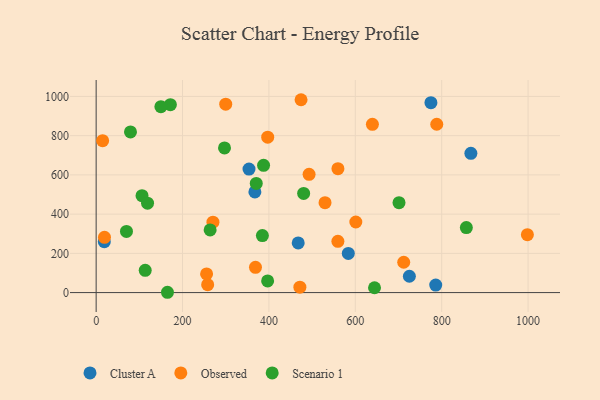
{"axis": {"x": "Ad Spend", "y": "Profit"}, "legend": ["Cluster A", "Observed", "Scenario 1"], "data": [{"x": "786.2", "y": 38.4, "type": "Cluster A"}, {"x": "353.9", "y": 629.9, "type": "Cluster A"}, {"x": "867.6", "y": 709.8, "type": "Cluster A"}, {"x": "583.8", "y": 199.7, "type": "Cluster A"}, {"x": "725.2", "y": 83.4, "type": "Cluster A"}, {"x": "467.8", "y": 253.0, "type": "Cluster A"}, {"x": "775.1", "y": 968.1, "type": "Cluster A"}, {"x": "18.9", "y": 259.3, "type": "Cluster A"}, {"x": "367.5", "y": 513.0, "type": "Cluster A"}, {"x": "258.2", "y": 40.3, "type": "Observed"}, {"x": "639.6", "y": 857.9, "type": "Observed"}, {"x": "712.1", "y": 154.7, "type": "Observed"}, {"x": "255.7", "y": 95.2, "type": "Observed"}, {"x": "559.8", "y": 631.6, "type": "Observed"}, {"x": "998.4", "y": 295.3, "type": "Observed"}, {"x": "19.3", "y": 281.9, "type": "Observed"}, {"x": "493.0", "y": 602.7, "type": "Observed"}, {"x": "474.4", "y": 983.2, "type": "Observed"}, {"x": "300.0", "y": 960.5, "type": "Observed"}, {"x": "559.7", "y": 261.1, "type": "Observed"}, {"x": "471.7", "y": 27.4, "type": "Observed"}, {"x": "529.9", "y": 458.5, "type": "Observed"}, {"x": "788.6", "y": 858.3, "type": "Observed"}, {"x": "397.2", "y": 792.3, "type": "Observed"}, {"x": "368.9", "y": 128.9, "type": "Observed"}, {"x": "270.4", "y": 359.2, "type": "Observed"}, {"x": "15.0", "y": 774.5, "type": "Observed"}, {"x": "601.2", "y": 359.8, "type": "Observed"}, {"x": "370.7", "y": 556.7, "type": "Scenario 1"}, {"x": "701.2", "y": 458.5, "type": "Scenario 1"}, {"x": "171.9", "y": 958.2, "type": "Scenario 1"}, {"x": "165.1", "y": 1.6, "type": "Scenario 1"}, {"x": "297.2", "y": 737.4, "type": "Scenario 1"}, {"x": "857.1", "y": 331.5, "type": "Scenario 1"}, {"x": "79.5", "y": 819.1, "type": "Scenario 1"}, {"x": "397.0", "y": 59.7, "type": "Scenario 1"}, {"x": "384.9", "y": 290.5, "type": "Scenario 1"}, {"x": "149.9", "y": 947.8, "type": "Scenario 1"}, {"x": "70.2", "y": 311.9, "type": "Scenario 1"}, {"x": "480.4", "y": 505.5, "type": "Scenario 1"}, {"x": "113.6", "y": 113.4, "type": "Scenario 1"}, {"x": "263.9", "y": 319.6, "type": "Scenario 1"}, {"x": "387.6", "y": 648.9, "type": "Scenario 1"}, {"x": "106.2", "y": 494.0, "type": "Scenario 1"}, {"x": "644.5", "y": 24.7, "type": "Scenario 1"}, {"x": "119.0", "y": 455.7, "type": "Scenario 1"}]}